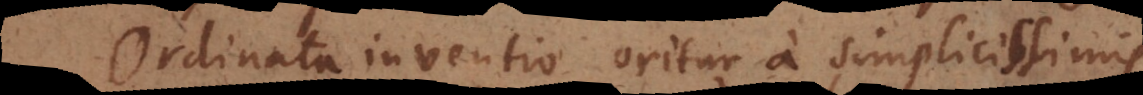
Ordinata inventio oritur a simplicissimis